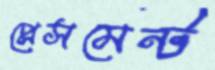
প্লেসমেন্ট